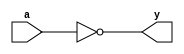
`timescale 1ns / 1ps

module NOT_Gate(input a, output y);
assign y=~(a);
endmodule